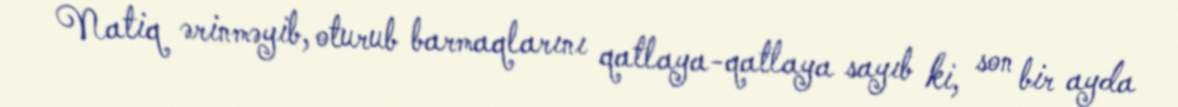
Natiq ərinməyib, oturub barmaqlarını qatlaya-qatlaya sayıb ki, son bir ayda